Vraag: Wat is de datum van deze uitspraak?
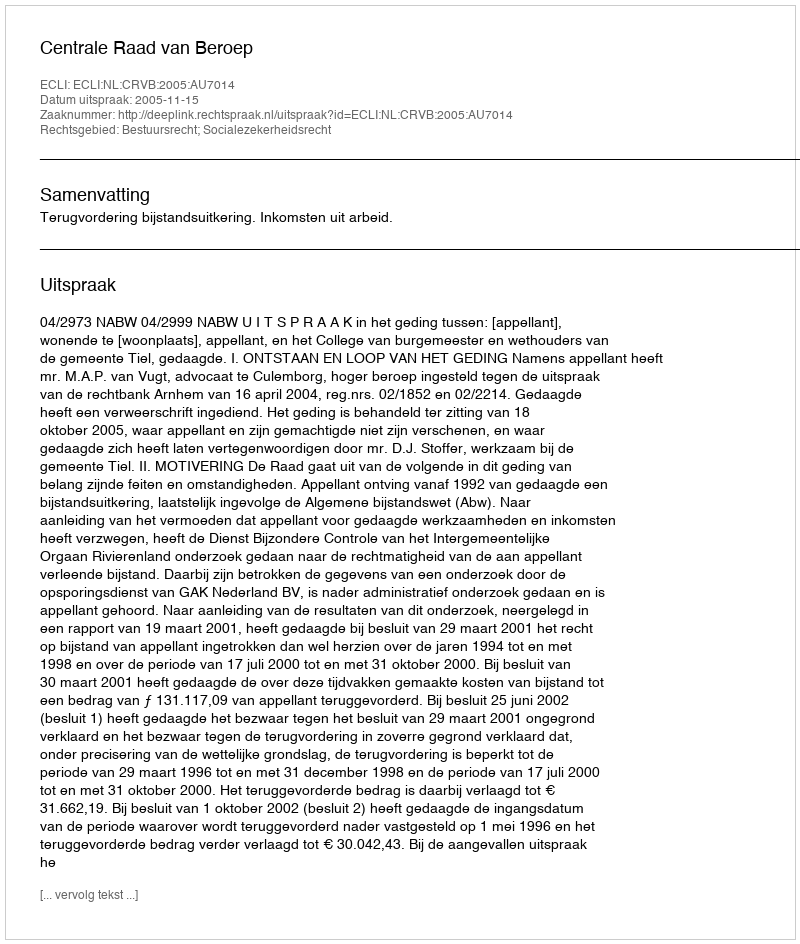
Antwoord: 2005-11-15